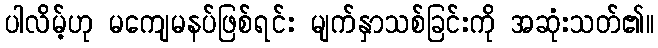
ပါလိမ့်ဟု မကျေမနပ်ဖြစ်ရင်း မျက်နှာသစ်ခြင်းကို အဆုံးသတ်၏။